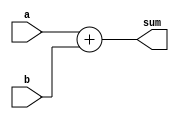
module ADDER(a,b,sum);
	input [15:0] a, b;
	output [15:0] sum;
	assign sum = a + b;
endmodule